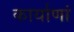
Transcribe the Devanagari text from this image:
कार्याणां